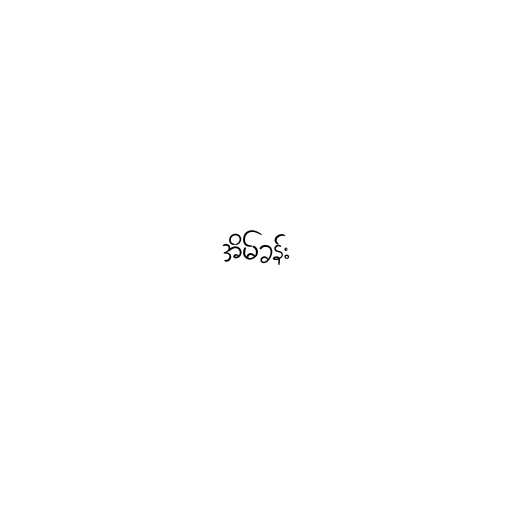
အိမ်ခန်း